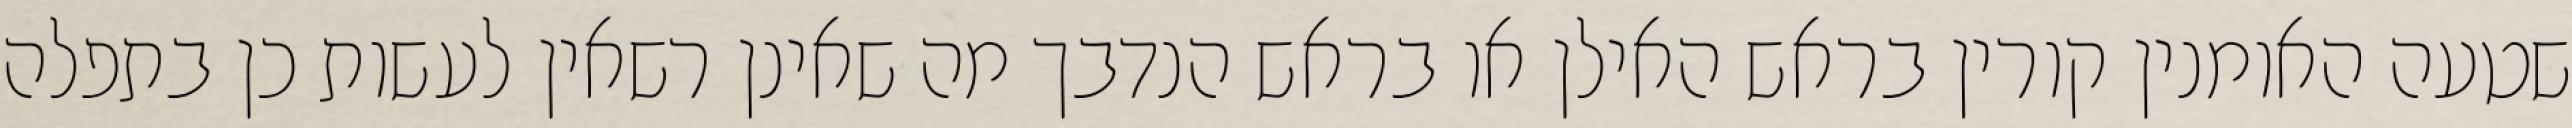
שטעה האומנין קורין בראש האילן או בראש הנדבך מה שאינן רשאין לעשות כן בתפלה